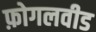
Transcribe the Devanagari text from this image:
फ़ोगलवीड